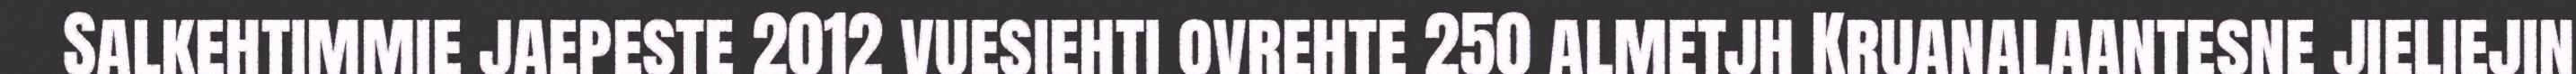
Salkehtimmie jaepeste 2012 vuesiehti ovrehte 250 almetjh Kruanalaantesne jieliejin